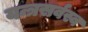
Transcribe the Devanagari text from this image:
यन्त्रसर्वस्व